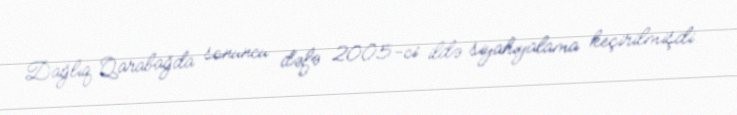
Dağlıq Qarabağda sonuncu dəfə 2005-ci ildə siyahıyalama keçirilmişdi.